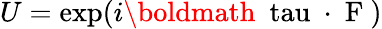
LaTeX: U=\exp(i\mathrm{\boldmath~\ tau~\cdot~F~})